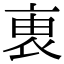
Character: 𧙏